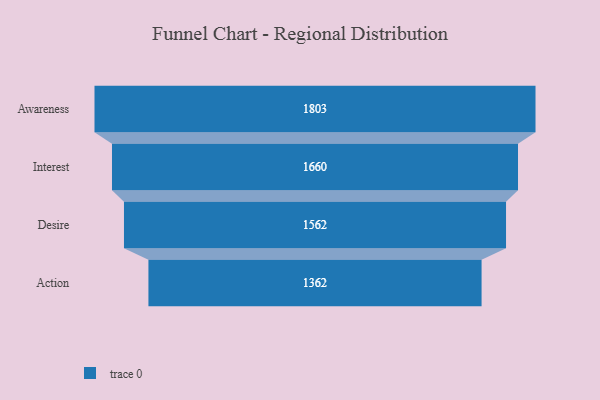
{"axis": {"x": "Stage", "y": "Value"}, "legend": [""], "data": [{"x": "Awareness", "y": 1803.0, "type": ""}, {"x": "Interest", "y": 1660.0, "type": ""}, {"x": "Desire", "y": 1562.0, "type": ""}, {"x": "Action", "y": 1362.0, "type": ""}]}